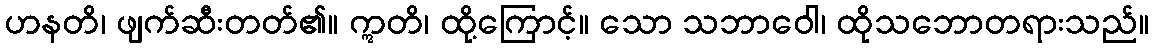
ဟနတိ၊ ဖျက်ဆီးတတ်၏။ ဣတိ၊ ထို့ကြောင့်။ သော သဘာဝေါ၊ ထိုသဘောတရားသည်။